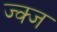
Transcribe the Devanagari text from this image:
ज्क्ज